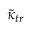
{ \tilde { \kappa } } _ { t r }